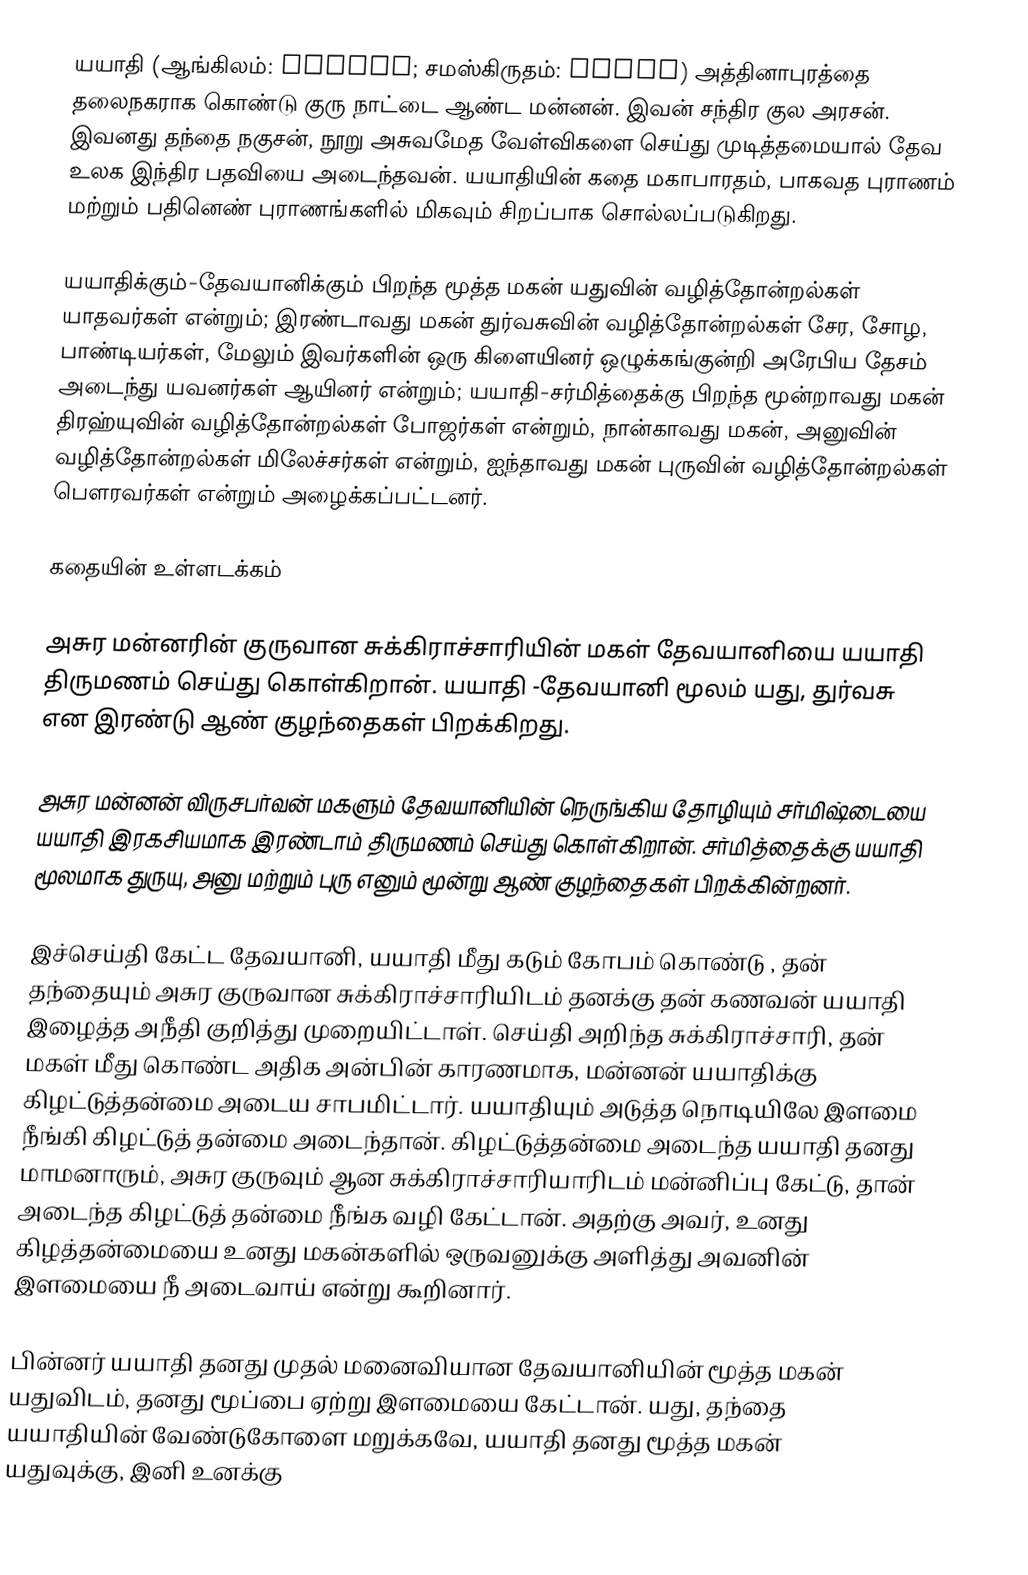
யயாதி (ஆங்கிலம்: Yayati; சமஸ்கிருதம்: ययाति) அத்தினாபுரத்தை தலைநகராக கொண்டு குரு நாட்டை ஆண்ட மன்னன். இவன் சந்திர குல அரசன். இவனது தந்தை நகுசன், நூறு அசுவமேத வேள்விகளை செய்து முடித்தமையால் தேவ உலக இந்திர பதவியை அடைந்தவன். யயாதியின் கதை மகாபாரதம், பாகவத புராணம் மற்றும் பதினெண் புராணங்களில் மிகவும் சிறப்பாக சொல்லப்படுகிறது.

யயாதிக்கும்-தேவயானிக்கும் பிறந்த மூத்த மகன் யதுவின் வழித்தோன்றல்கள் யாதவர்கள் என்றும்; இரண்டாவது மகன் துர்வசுவின் வழித்தோன்றல்கள் சேர, சோழ, பாண்டியர்கள், மேலும் இவர்களின் ஒரு கிளையினர் ஒழுக்கங்குன்றி அரேபிய தேசம் அடைந்து யவனர்கள் ஆயினர் என்றும்; யயாதி-சர்மித்தைக்கு பிறந்த மூன்றாவது மகன் திரஹ்யுவின் வழித்தோன்றல்கள் போஜர்கள் என்றும்,  நான்காவது மகன், அனுவின் வழித்தோன்றல்கள்  மிலேச்சர்கள் என்றும், ஐந்தாவது மகன் புருவின் வழித்தோன்றல்கள் பௌரவர்கள் என்றும் அழைக்கப்பட்டனர்.

கதையின் உள்ளடக்கம்

அசுர மன்னரின் குருவான சுக்கிராச்சாரியின் மகள் தேவயானியை யயாதி திருமணம் செய்து கொள்கிறான். யயாதி -தேவயானி மூலம் யது,  துர்வசு  என இரண்டு ஆண் குழந்தைகள் பிறக்கிறது.

அசுர மன்னன் விருசபர்வன் மகளும் தேவயானியின் நெருங்கிய தோழியும் சர்மிஷ்டையை யயாதி இரகசியமாக இரண்டாம் திருமணம் செய்து கொள்கிறான். சர்மித்தைக்கு யயாதி மூலமாக துருயு,  அனு  மற்றும் புரு எனும் மூன்று ஆண் குழந்தைகள் பிறக்கின்றனர்.

இச்செய்தி கேட்ட தேவயானி, யயாதி மீது கடும் கோபம் கொண்டு , தன் தந்தையும் அசுர குருவான சுக்கிராச்சாரியிடம் தனக்கு தன் கணவன் யயாதி இழைத்த அநீதி குறித்து முறையிட்டாள். செய்தி அறிந்த சுக்கிராச்சாரி, தன் மகள் மீது கொண்ட அதிக அன்பின் காரணமாக, மன்னன் யயாதிக்கு கிழட்டுத்தன்மை அடைய சாபமிட்டார். யயாதியும் அடுத்த நொடியிலே இளமை நீங்கி கிழட்டுத் தன்மை அடைந்தான். கிழட்டுத்தன்மை அடைந்த யயாதி தனது மாமனாரும், அசுர குருவும் ஆன சுக்கிராச்சாரியாரிடம் மன்னிப்பு கேட்டு, தான் அடைந்த கிழட்டுத் தன்மை நீங்க வழி கேட்டான். அதற்கு அவர், உனது கிழத்தன்மையை உனது மகன்களில் ஒருவனுக்கு அளித்து அவனின் இளமையை நீ அடைவாய் என்று கூறினார்.

பின்னர் யயாதி தனது முதல் மனைவியான தேவயானியின் மூத்த மகன் யதுவிடம், தனது மூப்பை ஏற்று இளமையை கேட்டான். யது, தந்தை யயாதியின் வேண்டுகோளை மறுக்கவே, யயாதி தனது மூத்த மகன் யதுவுக்கு, இனி உனக்கு